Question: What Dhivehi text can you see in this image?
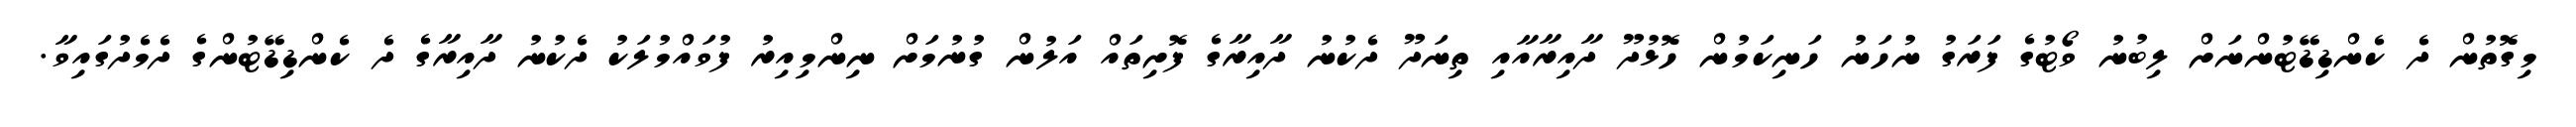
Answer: މިގޮތުން ދެ ކެންޑިޑޭޓުންނަށް ލިބުނު ވޯޓުގެ ފަރަގު ނުހަނު ހަނިކަމުން ހޮޅުދޫ ދާއިރާއާއި ތިނަދޫ ދެކުނު ދާއިރާގެ ފޮށިތައް އަލުން ގުނުމަށް ނިންމިއިރު ފުވައްމުލަކު ދެކުނު ދާއިރާގެ ދެ ކެންޑިޑޭޓުންގެ ދެމެދުގައިވާ.